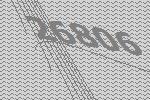
26806